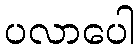
ပလာပေါ